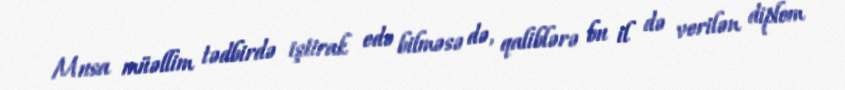
Musa müəllim tədbirdə iştirak edə bilməsə də, qaliblərə bu il də verilən diplom